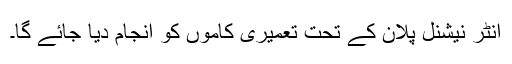
انٹر نیشنل پلان کے تحت تعمیری کاموں کو انجام دیا جائے گا۔